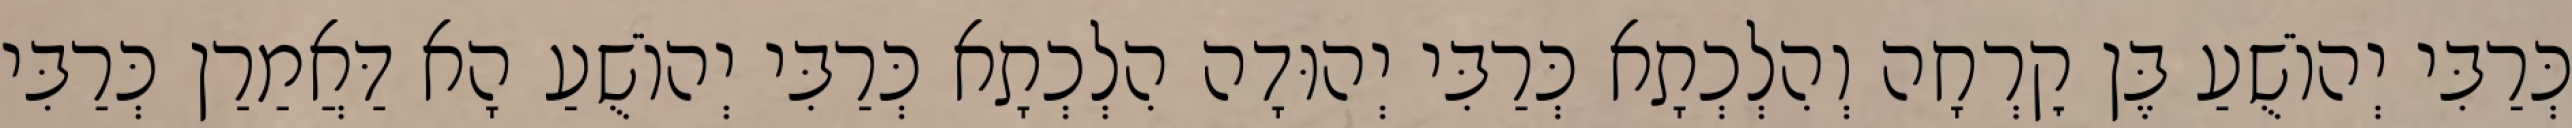
כְּרַבִּי יְהוֹשֻׁעַ בֶּן קׇרְחָה וְהִלְכְתָא כְּרַבִּי יְהוּדָה הִלְכְתָא כְּרַבִּי יְהוֹשֻׁעַ הָא דַּאֲמַרַן כְּרַבִּי